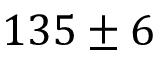
1 3 5 \pm 6